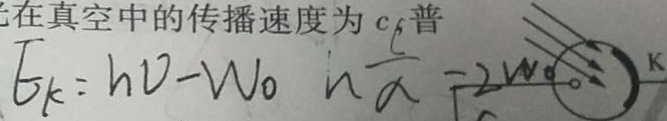
E _ { k } = h v - W _ { o } h \frac { c } { \alpha } = 2 W _ { o }